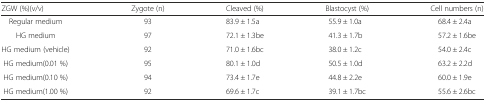
| ZGW (%)(v/v) | Zygote (n) | Cleaved (%) | Blastocyst (%) | Cell numbers (n) |
 | --- | --- | --- | --- | --- |
 | Regular medium | 93 | 83.9 ± 1.5a | 55.9 ± 1.0a | 68.4 ± 2.4a |
 | HG medium | 97 | 72.1 ± 1.3be | 41.3 ± 1.7b | 57.2 ± 1.6be |
 | HG medium (vehicle) | 92 | 71.0 ± 1.6bc | 38.0 ± 1.2c | 54.0 ± 2.4c |
 | HG medium(0.01 %) | 95 | 80.1 ± 1.0d | 50.5 ± 1.0d | 63.2 ± 2.2d |
 | HG medium(0.10 %) | 94 | 73.4 ± 1.7e | 44.8 ± 2.2e | 60.0 ± 1.9e |
 | HG medium(1.00 %) | 92 | 69.6 ± 1.7c | 39.1 ± 1.7bc | 55.6 ± 2.6bc |